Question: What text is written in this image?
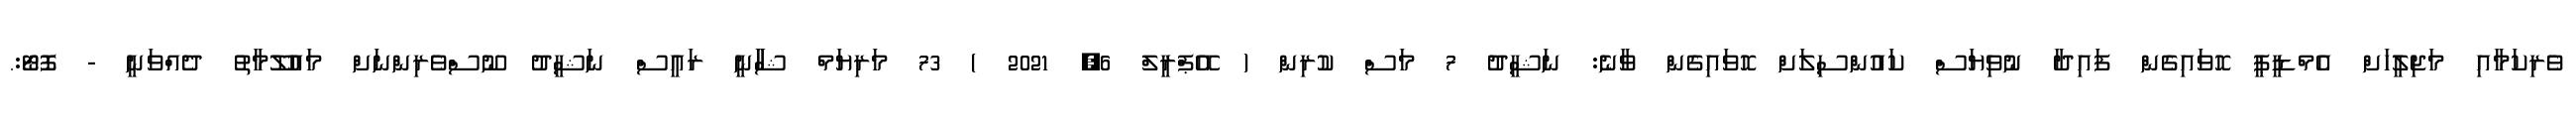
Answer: ވެރިކަމާއި މަޖިލީހަށް އެމްޑީޕީ ހޮވައިގެން ފައިދާ ނުވިޔަސް ކައުންސިލަށް ހޮވައިގެން ވާނެ: ނަޝީދު 7 މަސް ކުރިން ( އޭޕްރީލް 6, 2021 ) 73 މަރިޔަމް ޝާާނީ ރައީސް ނަޝީދު ނޫސްވެރިންނަށް މައުލޫމާތު ދެއްވަނީ - ފޮޓޯ:.